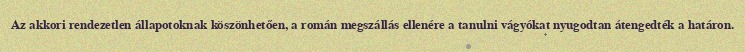
Az akkori rendezetlen állapotoknak köszönhetően, a román megszállás ellenére a tanulni vágyókat nyugodtan átengedték a határon.